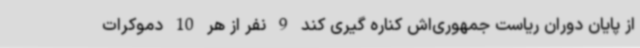
از پایان دوران ریاست جمهوری‌اش کناره گیری کند 9 نفر از هر 10 دموکرات